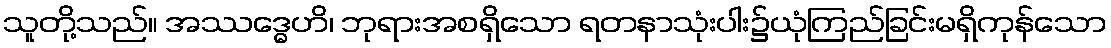
သူတို့သည်။ အဿဒ္ဓေဟိ၊ ဘုရားအစရှိသော ရတနာသုံးပါး၌ယုံကြည်ခြင်းမရှိကုန်သော